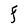
Character: F